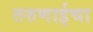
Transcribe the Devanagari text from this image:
तरुणाईचा